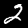
Digit: 2